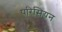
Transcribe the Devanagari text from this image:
परिसियन